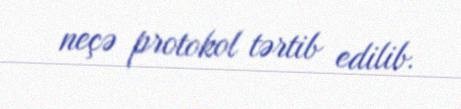
neçə protokol tərtib edilib.